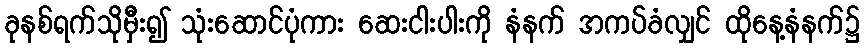
ခုနစ်ရက်သိုမှီး၍ သုံးဆောင်ပုံကား ဆေးငါးပါးကို နံနက် အကပ်ခံလျှင် ထိုနေ့နံနက်၌